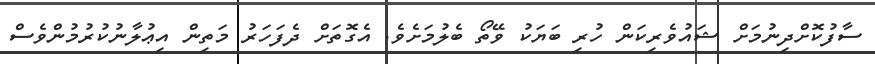
ސާފުކޮށްދިނުމަށް ޝައުވެރިކަން ހުރި ބަޔަކު ވޭތޯ ބެލުމަށެވެ. އެގޮތަށް ދެފަހަރު މަތިން އިޢުލާނުކުރުމުންވެސް